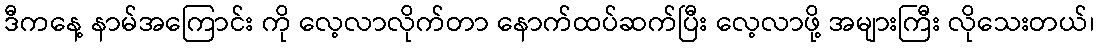
ဒီကနေ့ နာမ်အကြောင်း ကို လေ့လာလိုက်တာ နောက်ထပ်ဆက်ပြီး လေ့လာဖို့ အများကြီး လိုသေးတယ်၊